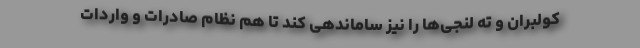
کولبران و ته لنجی‌ها را نیز ساماندهی کند تا هم نظام صادرات و واردات